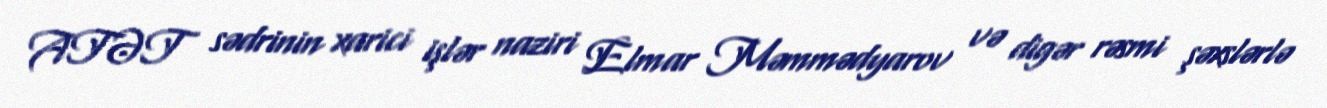
ATƏT sədrinin xarici işlər naziri Elmar Məmmədyarov və digər rəsmi şəxslərlə